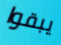
يبقوا